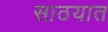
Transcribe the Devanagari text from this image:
साठयात